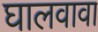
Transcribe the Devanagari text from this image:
घालवावा